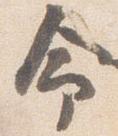
命